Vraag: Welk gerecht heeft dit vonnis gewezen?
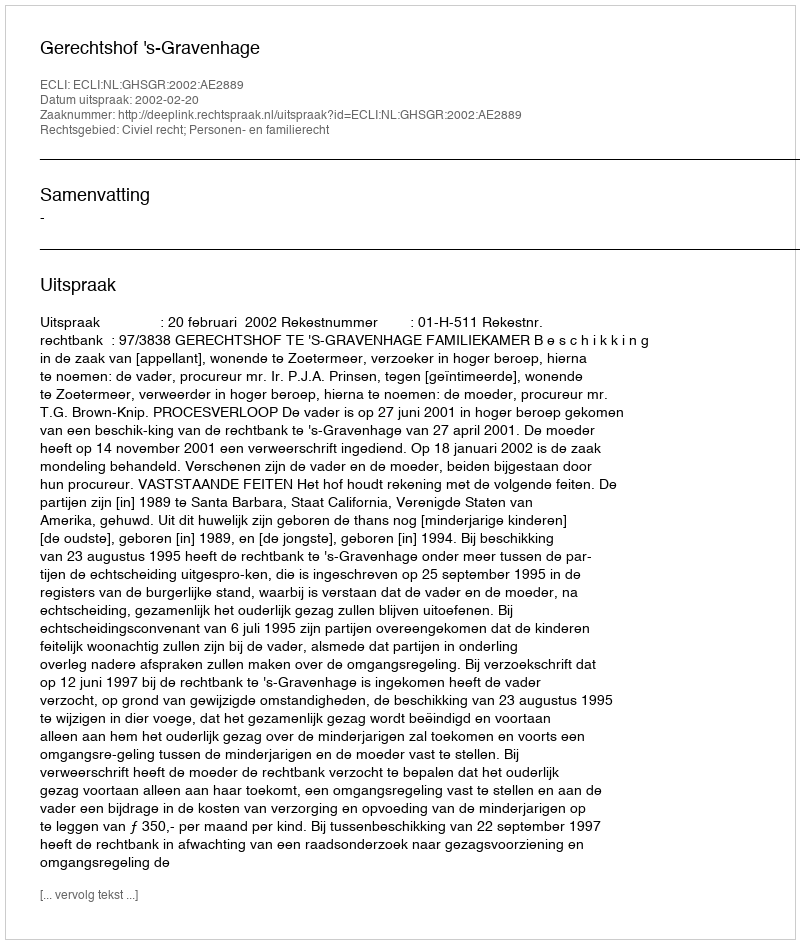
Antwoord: Gerechtshof 's-Gravenhage